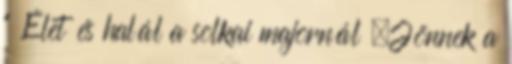
” Élet és halál a solkai majornál „Jönnek a